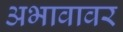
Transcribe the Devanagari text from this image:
अभावावर